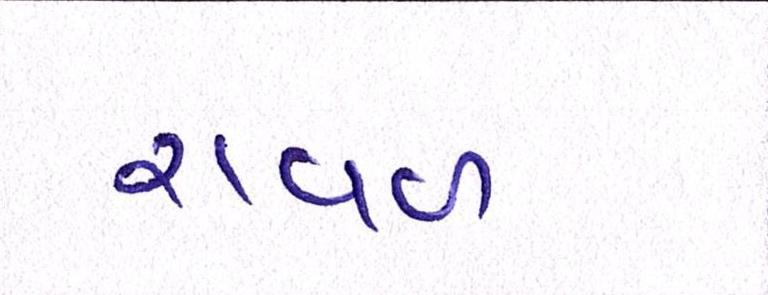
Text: રાવળ